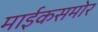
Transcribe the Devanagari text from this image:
माईकसमोर